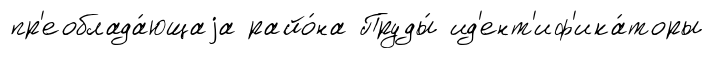
пр'еоблада́ющаjа райо́на Пруды́ ид'ент'иф'ика́торы